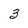
Character: 3